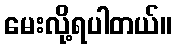
မေးလို့ရပါတယ်။